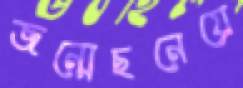
জন্মেছনেয়ে